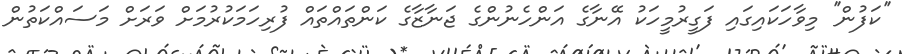
''ކަފުން'' މިވާހަކައިގައި ފަގީރުމީހަކު އޭނާގެ އަންހެނުންގެ ޖަނާޒާގެ ކަންތައްތައް ފުރިހަމަކުރުމަށް ވަރަށް މަސައްކަތުން